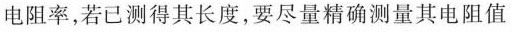
电阻率，若已测得其长度，要尽量精确测量其电阻值